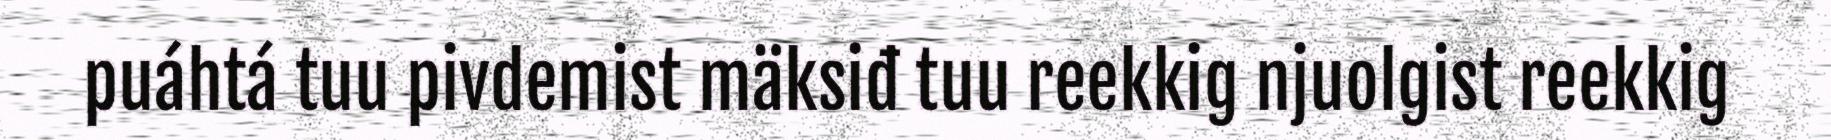
puáhtá tuu pivdemist mäksiđ tuu reekkig njuolgist reekkig